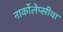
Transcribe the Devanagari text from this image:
नार्कोलेप्सीचा